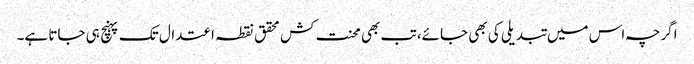
اگرچہ اس میں تبدیلی کی بھی جائے، تب بھی محنت کش محقق نقطہ اعتدال تک پہنچ ہی جاتا ہے۔